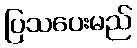
ပြသပေးမည်